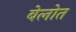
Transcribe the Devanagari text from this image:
बेलोत